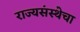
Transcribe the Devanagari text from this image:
राज्यसंस्थेचा